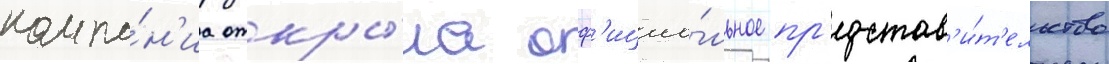
компа́н'иа откры́ла оф'ициа́льное пр'едстав'и́т'ельство